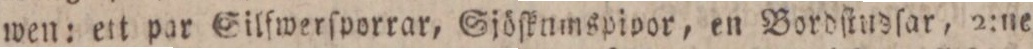
wen: ett par Silfwerſporrar, Sjöſknmspipor, en Bordſtudſar, 2:ne